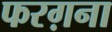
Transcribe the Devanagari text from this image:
फरग़ना